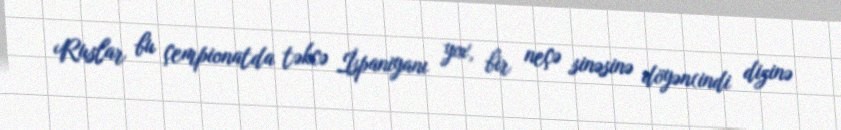
Ruslar bu çempionatda təkcə İspaniyanı yox, bir neçə sinəsinə döyən(indi dizinə